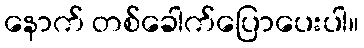
နောက် တစ်ခေါက်ပြောပေးပါ။